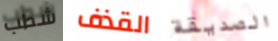
شطب القذف الصديقة